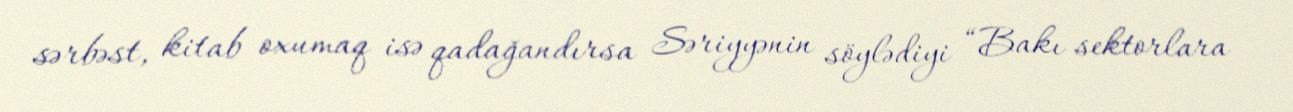
sərbəst, kitab oxumaq isə qadağandırsa Səriyyənin söylədiyi “Bakı sektorlara